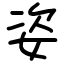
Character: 姿